Report on horse surra - Volume II, Part I
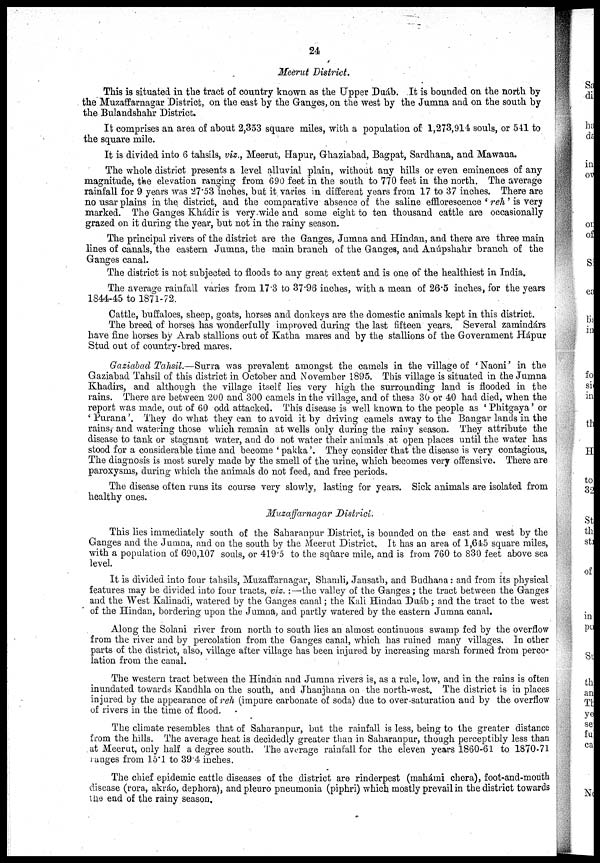
24
Meerut District.
This is situated in the tract of country known as the Upper Duáb. It is bounded on the north by
the Muzaffarnagar District, on the east by the Ganges, on the west by the Jumna and on the south by
the Bulandshahr District.
It comprises an area of about 2,353 square miles, with a population of 1,273,914 souls, or 541 to
the square mile.
It is divided into 6 tahsils, viz., Meerut, Hapur, Ghaziabad, Bagpat, Sardhana, and Mawana.
The whole district presents a level alluvial plain, without any hills or even eminences of any
magnitude, the elevation ranging from 690 feet in the south to 770 feet in the north. The average
rainfall for 9 years was 27.53 inches, but it varies in different years from 17 to 37 inches. There are
no usar plains in the district, and the comparative absence of the saline efflorescence ' reh ' is very
marked. The Ganges Khádir is very wide and some eight to ten thousand cattle are occasionally
grazed on it during the year, but not in the rainy season.
The principal rivers of the district are the Ganges, Jumna and Hindan, and there are three main
lines of canals, the eastern Jumna, the main branch of the Ganges, and Anúpshahr branch of the
Ganges canal.
The district is not subjected to floods to any great extent and is one of the healthiest in India.
The average rainfall varies from 17.3 to 37.96 inches, with a mean of 26.5 inches, for the years
1844-45 to 1871-72.
Cattle, buffaloes, sheep, goats, horses and donkeys are the domestic animals kept in this district.
The breed of horses has wonderfully improved during the last fifteen years. Several zamindárs
have fine horses by Arab stallions out of Katha mares and by the stallions of the Government Hápur
Stud out of country-bred mares.
Gaziabad Tahsil.—Surra was prevalent amongst the camels in the village of ' Naoni' in the
Gaziabad Tahsil of this district in October and November 1895. This village is situated in the Jumna
Khadirs, and although the village itself lies very high the surrounding land is flooded in the
rains. There are between 200 and 300 camels in the village, and of these 30 or 40 had died, when the
report was made, out of 60 odd attacked. This disease is well known to the people as 'Phitgaya' or
' Purana'. They do what they can to avoid it by driving camels away to the Bangar lands in the
rains, and watering those which remain at wells only during the rainy season. They attribute the
disease to tank or stagnant water, and do not water their animals at open places until the water has
stood for a considerable time and become ' pakka'. They consider that the disease is very contagious.
The diagnosis is most surely made by the smell of the urine, which becomes very offensive. There are
paroxysms, during which the animals do not feed, and free periods.
The disease often runs its course very slowly, lasting for years. Sick animals are isolated from
healthy ones.
Muzaffarnagar District.
This lies immediately south of the Saharanpur District, is bounded on the east and west by the
Ganges and the Jumna, and on the south by the Meerut District. It has an area of 1,645 square miles,
with a population of 690,107 souls, or 419.5 to the square mile, and is from 760 to 830 feet above sea
level.
It is divided into four tahsils, Muzaffarnagar, Shamli, Jansath, and Budhana: and from its physical
features may be divided into four tracts, viz. :—the valley of the Ganges ; the tract between the Ganges
and the West Kalinadi, watered by the Ganges canal ; the Kali Hindan Duáb; and the tract to the west
of the Hindan, bordering upon the Jumna, and partly watered by the eastern Jumna canal.
Along the Solani river from north to south lies an almost continuous swamp fed by the overflow
from the river and by percolation from the Ganges canal, which has ruined many villages. In other
parts of the district, also, village after village has been injured by increasing marsh formed from perco-
lation from the canal.
The western tract between the Hindan and Jumna rivers is, as a rule, low, and in the rains is often
inundated towards Kandhla on the south, and Jhanjhana on the north-west. The district is in places
injured by the appearance of reh (impure carbonate of soda) due to over saturation and by the overflow
of rivers in the time of flood.
The climate resembles that of Saharanpur, but the rainfall is less, being to the greater distance
from the hills. The average heat is decidedly greater than in Saharanpur, though perceptibly less than
at Meerut, only half a degree south. The average rainfall for the eleven years 1860-61 to 1870-71
ranges from 15.l to 39.4 inches.
The chief epidemic cattle diseases of the district are rinderpest (mahámi chera), foot-and-mouth
disease (rora, akráo, dephora), and pleuro pneumonia (piphri) which mostly prevail in the district towards
the end of the rainy season.